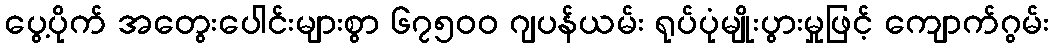
ပွေ့ပိုက် အတွေးပေါင်းများစွာ ၆၇၅၀၀ ဂျပန်ယမ်း ရုပ်ပုံမျိုးပွားမှုဖြင့် ကျောက်ဂွမ်း